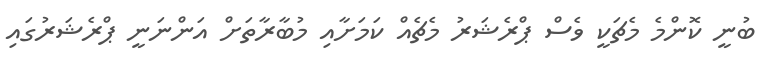
ބުނީ ކޮންމެ މެޗަކީ ވެސް ޕްރެޝަރު މެޗެއް ކަމަށާއި މުބާރާތަށް އަންނަނީ ޕްރެޝަރުގައި